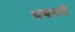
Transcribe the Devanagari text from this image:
धवनने